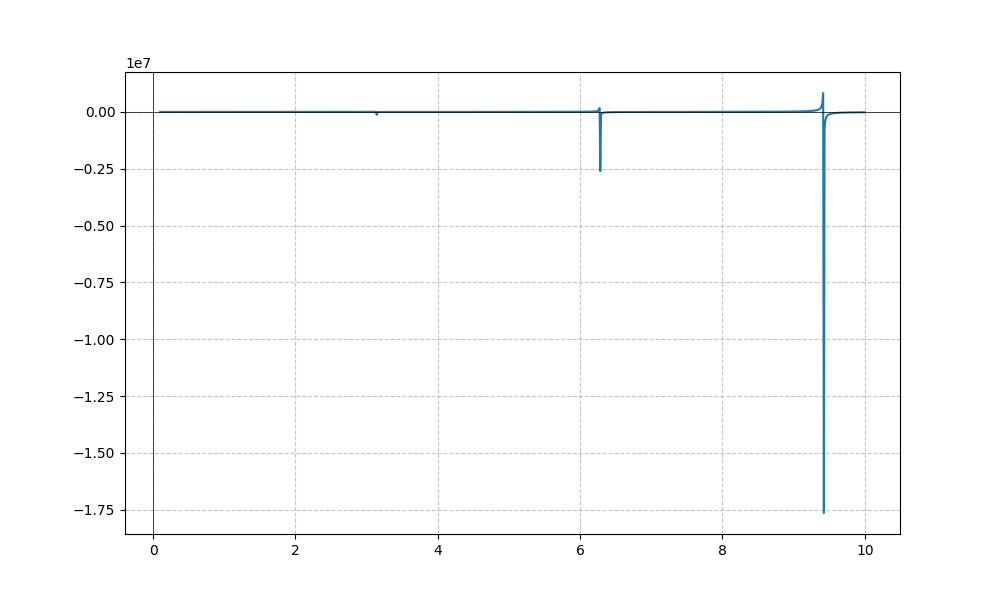
LaTeX formula: - x^{4} \cot{\left(x \right)}